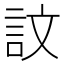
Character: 𫌴